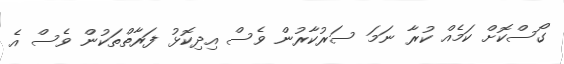
ގޯސްކޮށް ކަމެއް ކުރާ ނަމަ ސަރުކާރުން ވެސް އިދިކޮޅު ފަރާތްތަކުން ވެސް އެ